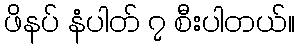
ဖိနပ် နံပါတ် ၇ စီးပါတယ်။